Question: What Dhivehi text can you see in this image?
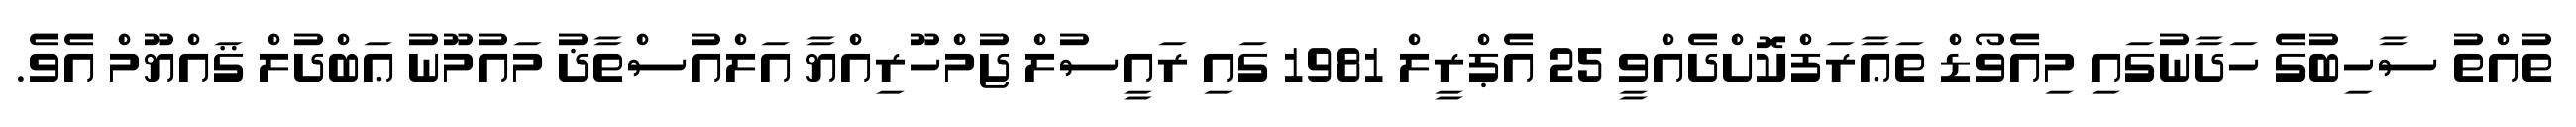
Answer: ތުއްތު ސާހިބުގެ ހަދާނުގައި މިއެވޯޑް ތަޢާރަފްކޮށްދެއްވީ 25 އެޕްރީލް 1981 ގައި ރައީސުލް ޖުމްހޫރިއްޔާ އަލްއުސްތާޛު މައުމޫނު ޢަބްދުލް ޤައްޔޫމް އެވެ.